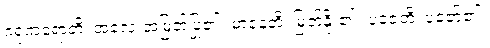
ဂရုံကရောတိ၊ အလေးအမြတ်ပြု၏။ မာနေတိ၊ မြတ်နိုး၏။ ပူဇေတိ၊ ပူဇော်၏။